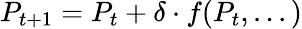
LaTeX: P_{t+1}=P_{t}+\delta\cdot f(P_{t},...)